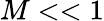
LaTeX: M<<1